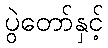
ပွဲတော်နှင့်